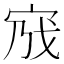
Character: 𡧿